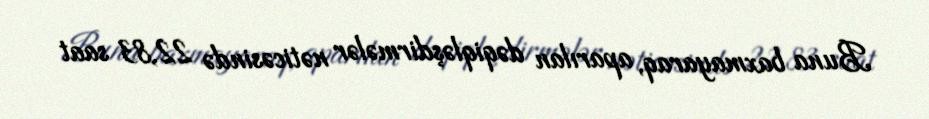
Buna baxmayaraq, aparılan dəqiqləşdirmələr nəticəsində 22,83 saat